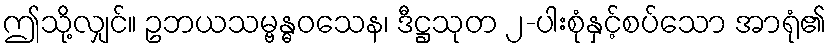
ဤသို့လျှင်။ ဥဘယသမ္ဗန္ဓဝသေန၊ ဒီဋ္ဌသုတ ၂-ပါးစုံနှင့်စပ်သော အာရုံ၏